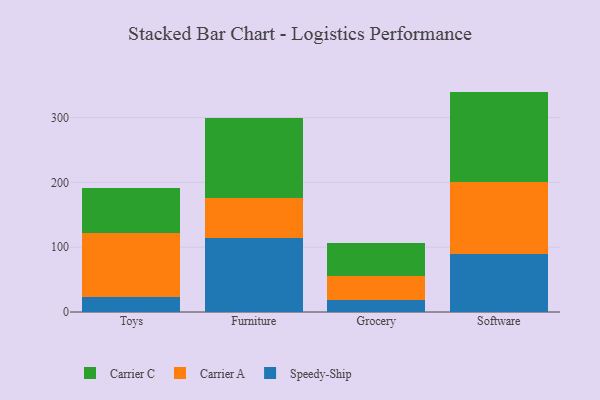
{"axis": {"x": "Category", "y": "Bounce Rate (%)"}, "legend": ["Carrier A", "Carrier C", "Speedy-Ship"], "data": [{"x": "Toys", "y": 22.8, "type": "Speedy-Ship"}, {"x": "Toys", "y": 98.3, "type": "Carrier A"}, {"x": "Toys", "y": 70.9, "type": "Carrier C"}, {"x": "Furniture", "y": 114.7, "type": "Speedy-Ship"}, {"x": "Furniture", "y": 61.6, "type": "Carrier A"}, {"x": "Furniture", "y": 122.8, "type": "Carrier C"}, {"x": "Grocery", "y": 17.8, "type": "Speedy-Ship"}, {"x": "Grocery", "y": 37.3, "type": "Carrier A"}, {"x": "Grocery", "y": 51.3, "type": "Carrier C"}, {"x": "Software", "y": 88.9, "type": "Speedy-Ship"}, {"x": "Software", "y": 112.1, "type": "Carrier A"}, {"x": "Software", "y": 138.9, "type": "Carrier C"}]}